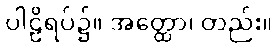
ပါဠိရပ်၌။ အတ္ထော၊ တည်း။